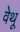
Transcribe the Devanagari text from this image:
वेथू